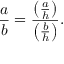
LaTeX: { \frac { a } { b } } = { \frac { \left( { \frac { a } { h } } \right) } { \left( { \frac { b } { h } } \right) } } .